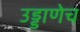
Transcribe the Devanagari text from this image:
उड्डाणेच